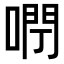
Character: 𠺉